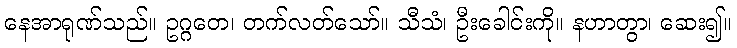
နေအာရုဏ်သည်။ ဥဂ္ဂတေ၊ တက်လတ်သော်။ သီသံ၊ ဦးခေါင်းကို။ နဟာတွာ၊ ဆေး၍။